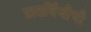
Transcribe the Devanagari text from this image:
प्रातर्विधीची